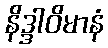
နိဒ္ဒါဝိမာနံ